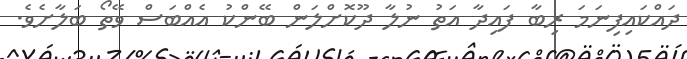
ދައްކައިފިނަމަ ރިބާ ފައިދާ އަތު ނުލާ ދޫކޮށްލަން ބޭންކު އެއްބަސް ވޭތޯ ބަލާށެވެ.